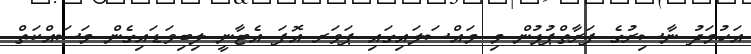
އަހުމަދު ނާސިރުގެ ފަރާތްޕުޅުން މި މައްސަލައިގައި ޕަވަރ އޮފަ އެޓާނީ ލިބިވަޑައިގެން މަސައްކަތް